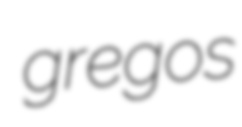
gregos